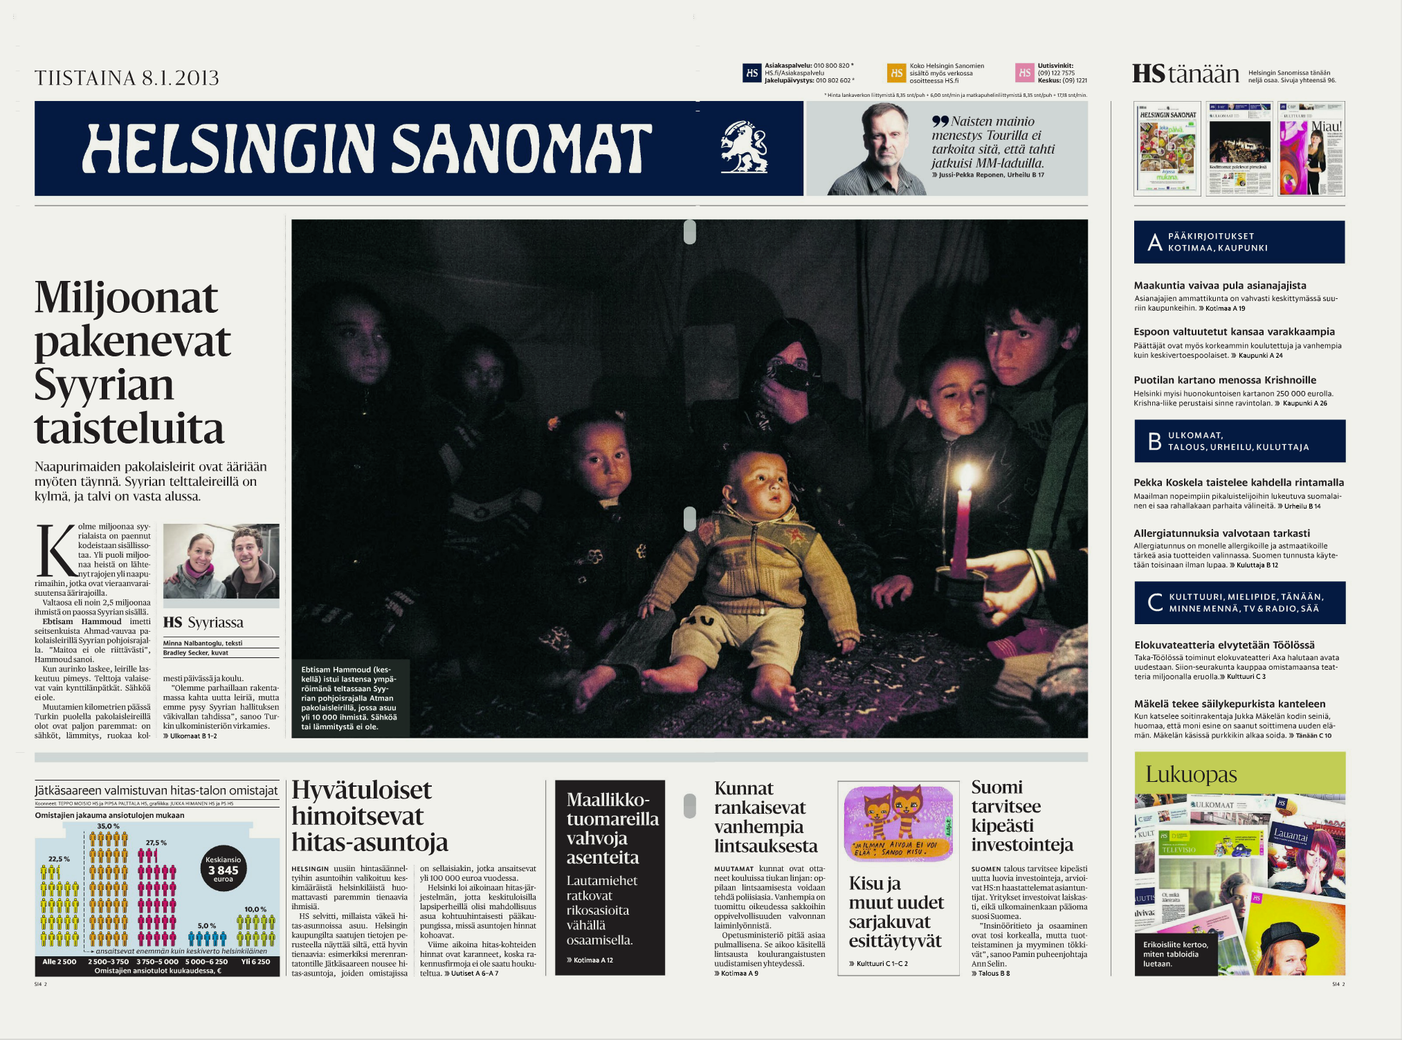
Language: fn